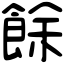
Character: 餘